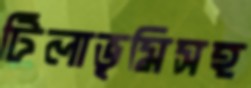
টিলাভূমিসহ